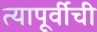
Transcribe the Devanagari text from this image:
त्यापूर्वीची